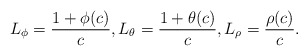
\begin{align*}L_\phi=\frac{1+\phi(c)}{c}, L_\theta= \frac{ 1+\theta(c)}{c},L_\rho= \frac{\rho(c)}{c}.\end{align*}